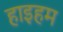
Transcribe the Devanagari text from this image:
हाइहम